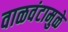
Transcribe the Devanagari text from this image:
वाळवंटामुळे